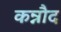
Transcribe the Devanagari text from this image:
कन्नौद